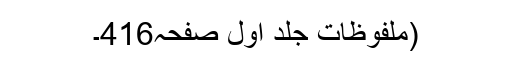
(ملفوظات جلد اول صفحہ416۔